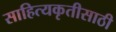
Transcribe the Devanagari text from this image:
साहित्यकृतीसाठी